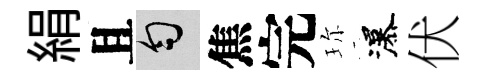
絹且匀焦完珎瀑伏